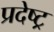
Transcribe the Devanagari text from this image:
प्रदेष्ट्र